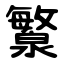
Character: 瀪